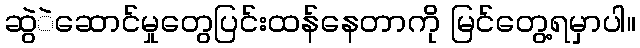
ဆွဲဲဆောင်မှုတွေပြင်းထန်နေတာကို မြင်တွေ့ရမှာပါ။